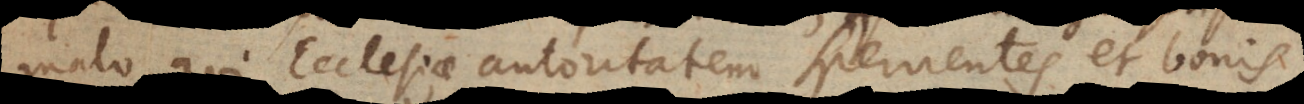
malo, qui Ecclesiae autoritatem spernentes et bonis